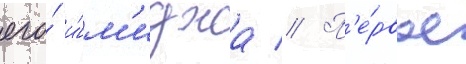
его́ и́м'иджа // П'е́рвое